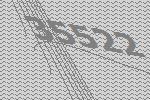
35522